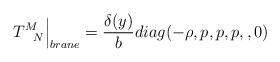
LaTeX: \begin{align*}T^{M}_{~~N}\Big{|}_{brane}=\frac{\delta(y)}{b}diag(-\rho,p,p,p,,0)\end{align*}